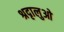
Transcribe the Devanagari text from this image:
श्रदृालुओ